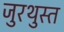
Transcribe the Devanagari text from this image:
जुरथुस्त